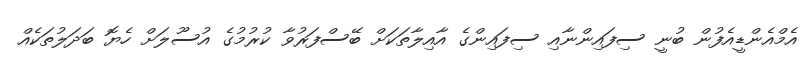
އެމްއެންޑީއެފުން ބުނީ ސިފައިންނާއި ސިފައިންގެ އާއިލާތަކަށް ބޭސްފަރުވާ ކުރުމުގެ އުސޫލަށް ހެޔޮ ބަދަލުތަކެއް